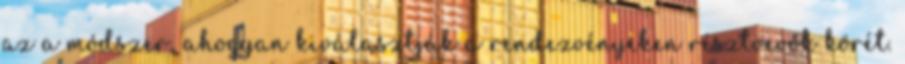
az a módszer, ahogyan kiválasztják a rendezvényeken résztvevők körét.